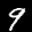
Label: 9